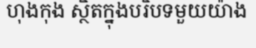
ហុងកុង ស្ថិតក្នុងបរិបទមួយយ៉ាង